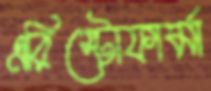
এরিস্টোফার্মা